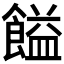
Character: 𩝱